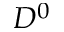
D ^ { 0 }